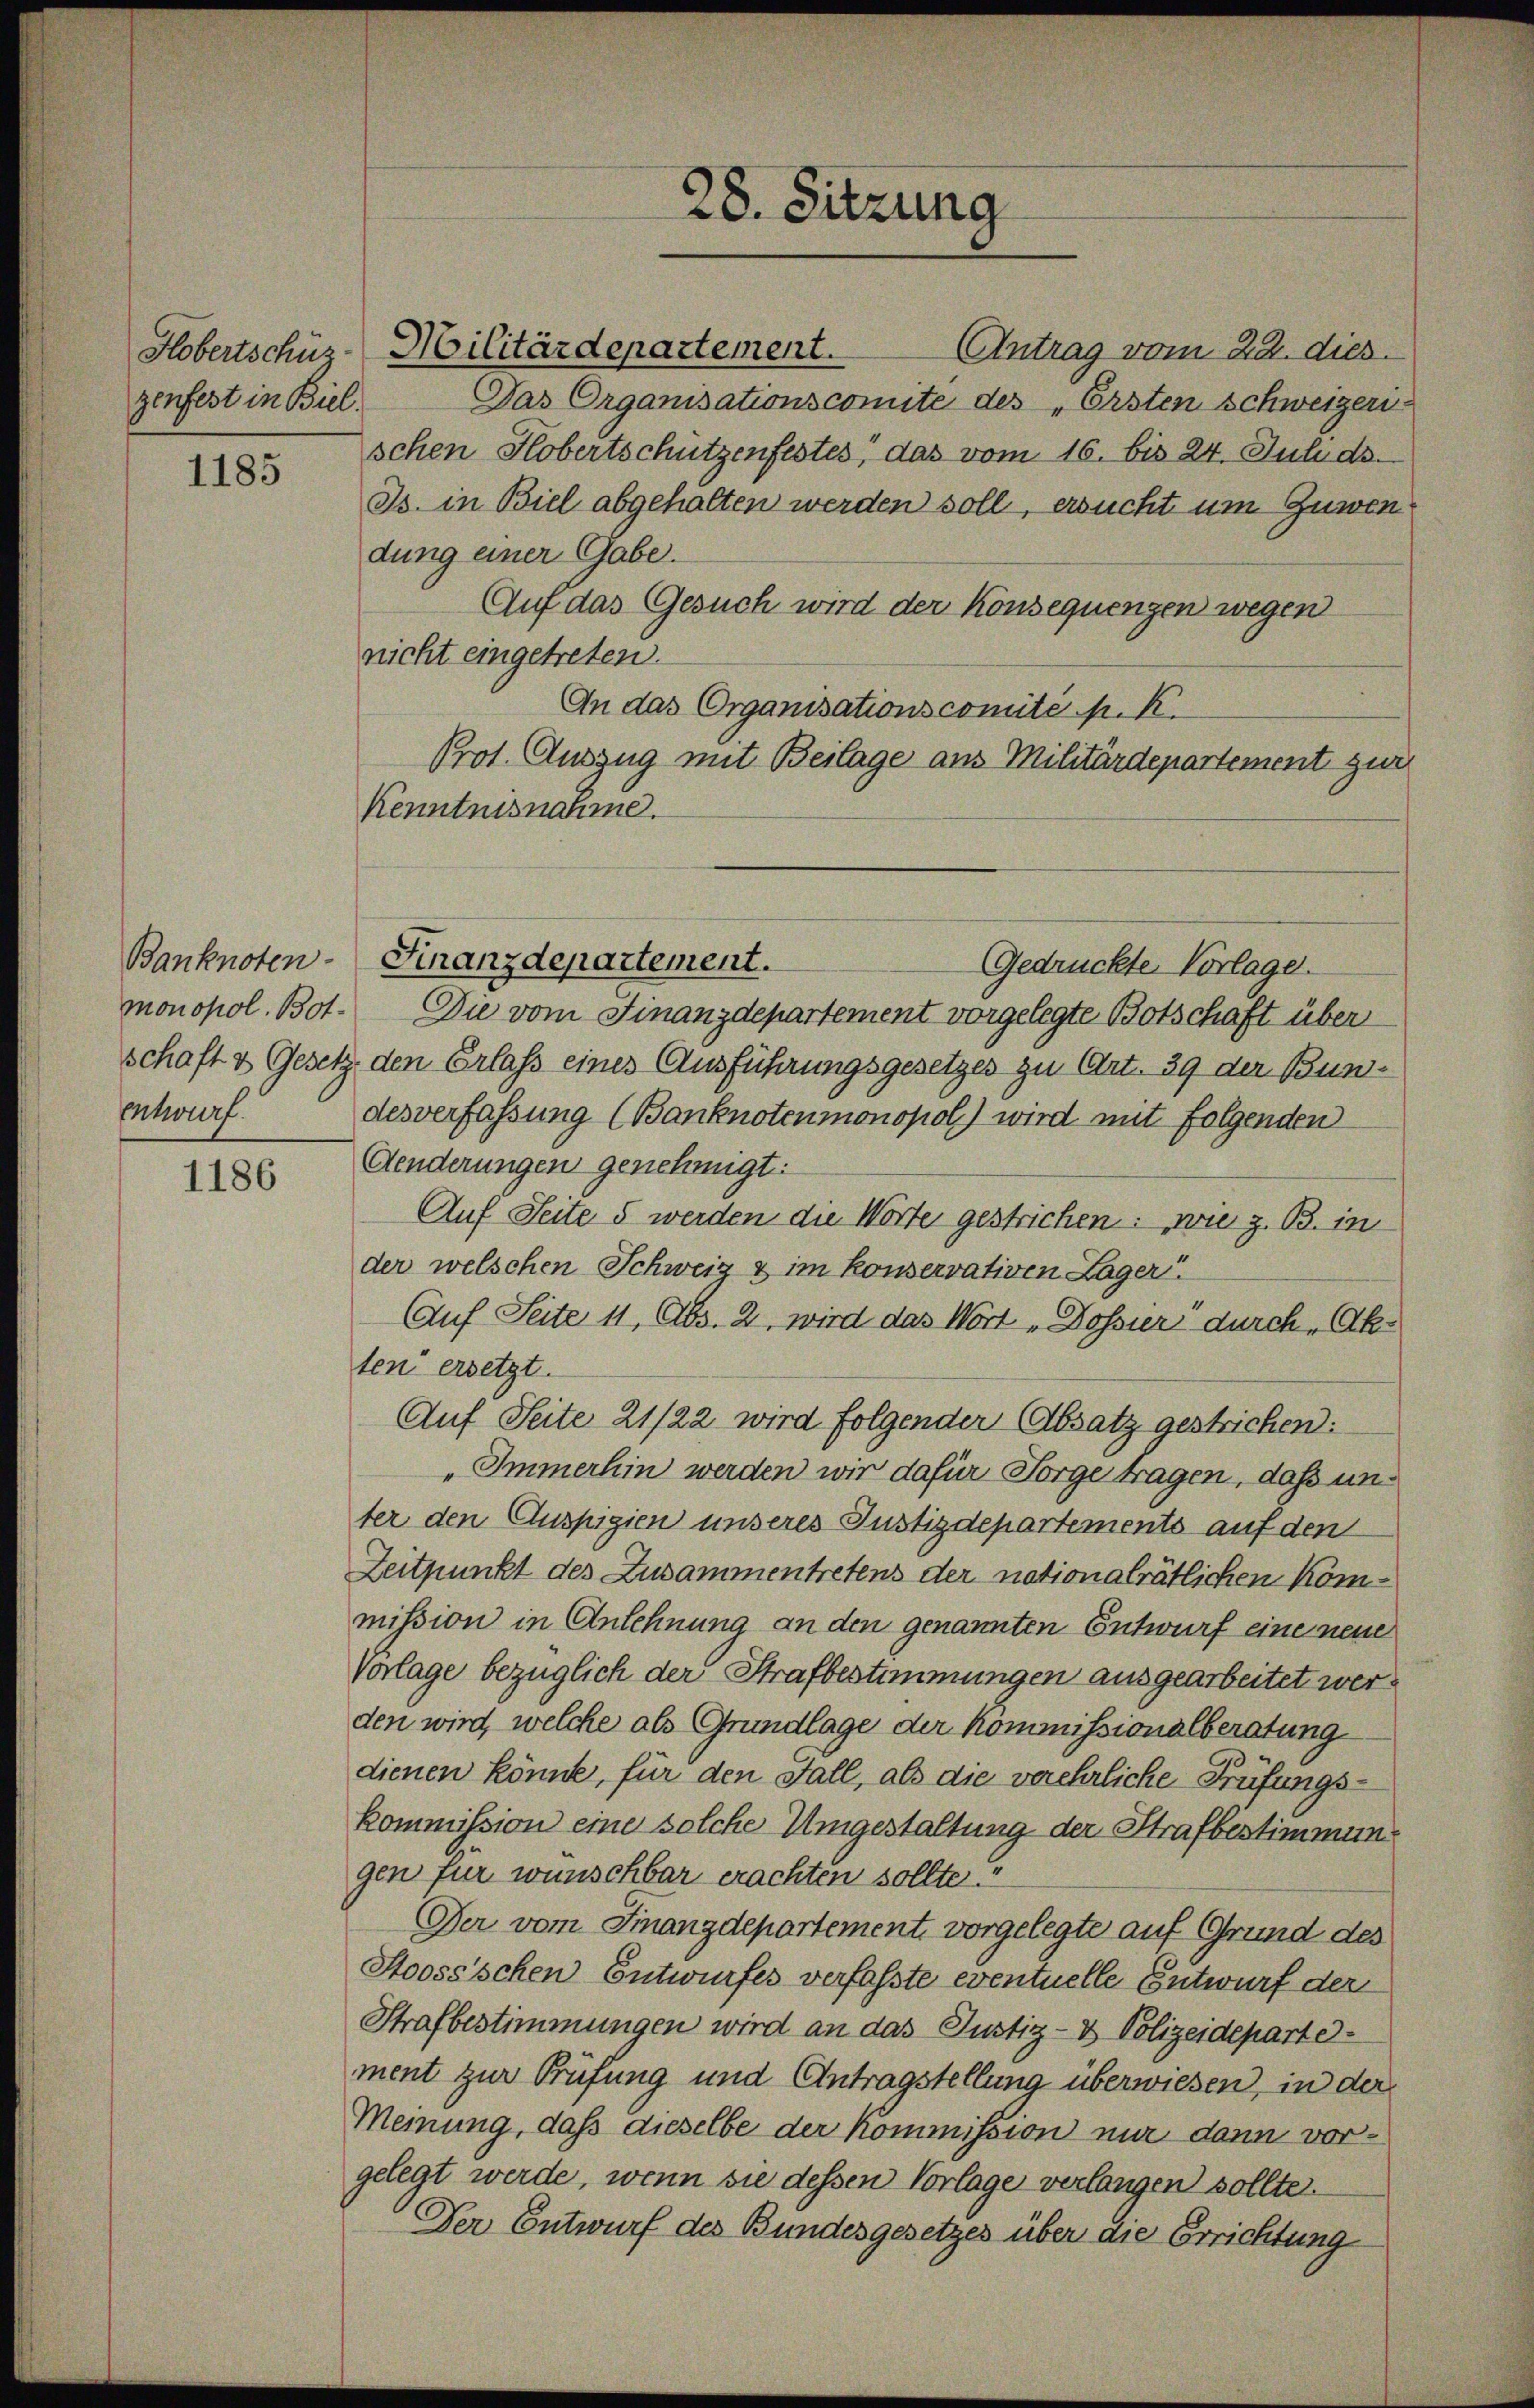
Hobertschüz
zenfest in Biel.

1185

Entwurf.

1186

Das Organisationscomite des „Ersten Schweizer-
schen Klobertschützenfestes, das vom 16. bis 24. Juli ds.
Is. in Biel abgehalten werden soll, ersucht um Zuwendung einer Gabe.
Auf das Gesuch wird der Konsequengen wegen
nicht eingetreten.
An das Organisationscomité pr. K.
Prot. Auszug mit Beilage aus Militärdepartement zur
Kenntnisnahme.

Militärdepartement.

Banknoten-Finanzdepartement.

28. Sitzung

Antrag vom 22. dies

Gedrückte Vorlage.
monopol. Bot. Die vom Finanzdepartement vorgelegte Botschaft über
schaft & Gesetz den Erlass eines Ausführungsgesetzes zu Art. 39 der Bundesverfassung (Banknotenmonopol) wird mit folgenden
Aenderungen genehmigt:
Auf Seite 5 werden die Worte gestrichen: wie z. B. in
der welschen Schweiz & im konservativen Lager
Auf Seite 11, Abs. 2, wird das Wort „Dossier durch „Akten“ ersetzt.
Auf Seite 21/22 wird folgender (Absatz gestrichen:
Immerhin werden wir dafür Sorge tragen, dass unter den Auspigien unseres Justizdepartements auf den
Zeitpunkt des Zusammentretens der nationalrätlichen Kommission in Anlehnung an den genannten Entwurf eine neue
Vorlage bezüglich der Strafbestimmungen ausgearbeitet werden wird, welche als Grundlage der Kommissionalberatung
dienen könne, für den Fall, als die verehrliche Prüfungs¬
Kommission eine solche Umgestaltung der Strafbestimmung
gen für wünschbar erachten sollte?
Der vom Finanzdepartement, vorgelegte auf Grund des
Stoossschen Entwurfes verfasste eventuelle Entwurf der
Strafbestimmungen wird an das Justiz- & Polizeidepartement zur Prüfung und Antragstellung überwiesen, in der
Meinung, dass dieselbe der Kommission nur dann vorgelegt werde, wenn sie dessen Vorlage verlangen sollte.
Der Entwurf des Bundesgesetzes über die Errichtung